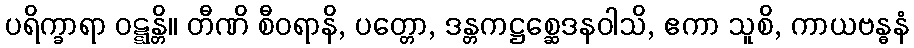
ပရိက္ခာရာ ဝဋ္ဋန္တိ။ တီဏိ စီဝရာနိ, ပတ္တော, ဒန္တကဋ္ဌစ္ဆေဒနဝါသိ, ဧကာ သူစိ, ကာယဗန္ဓနံ